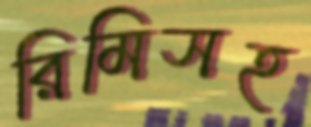
রিমিসহ